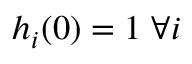
h _ { i } ( 0 ) = 1 \; \forall i